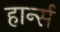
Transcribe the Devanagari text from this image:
हार्न्स